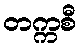
တက္ကစီ